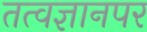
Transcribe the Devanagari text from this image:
तत्वज्ञानपर